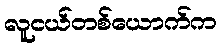
လူငယ်တစ်ယောက်က